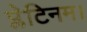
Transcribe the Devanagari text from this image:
प्लेटिनम।